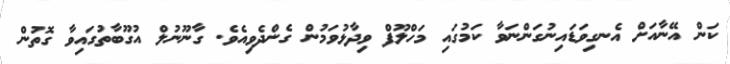
ކަން އޭނާއަށް އެނގިވަޑައިނުގަންނަވާ ކަމުގައި މަހްލޫފް ވިދާޅުވަމުން ގެންދެވިއެވެ. ގާނޫނުލް އުގޫބާތުގައިވާ ގޮތުން